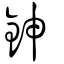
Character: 鉮